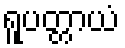
ရူပတ္တာယံ